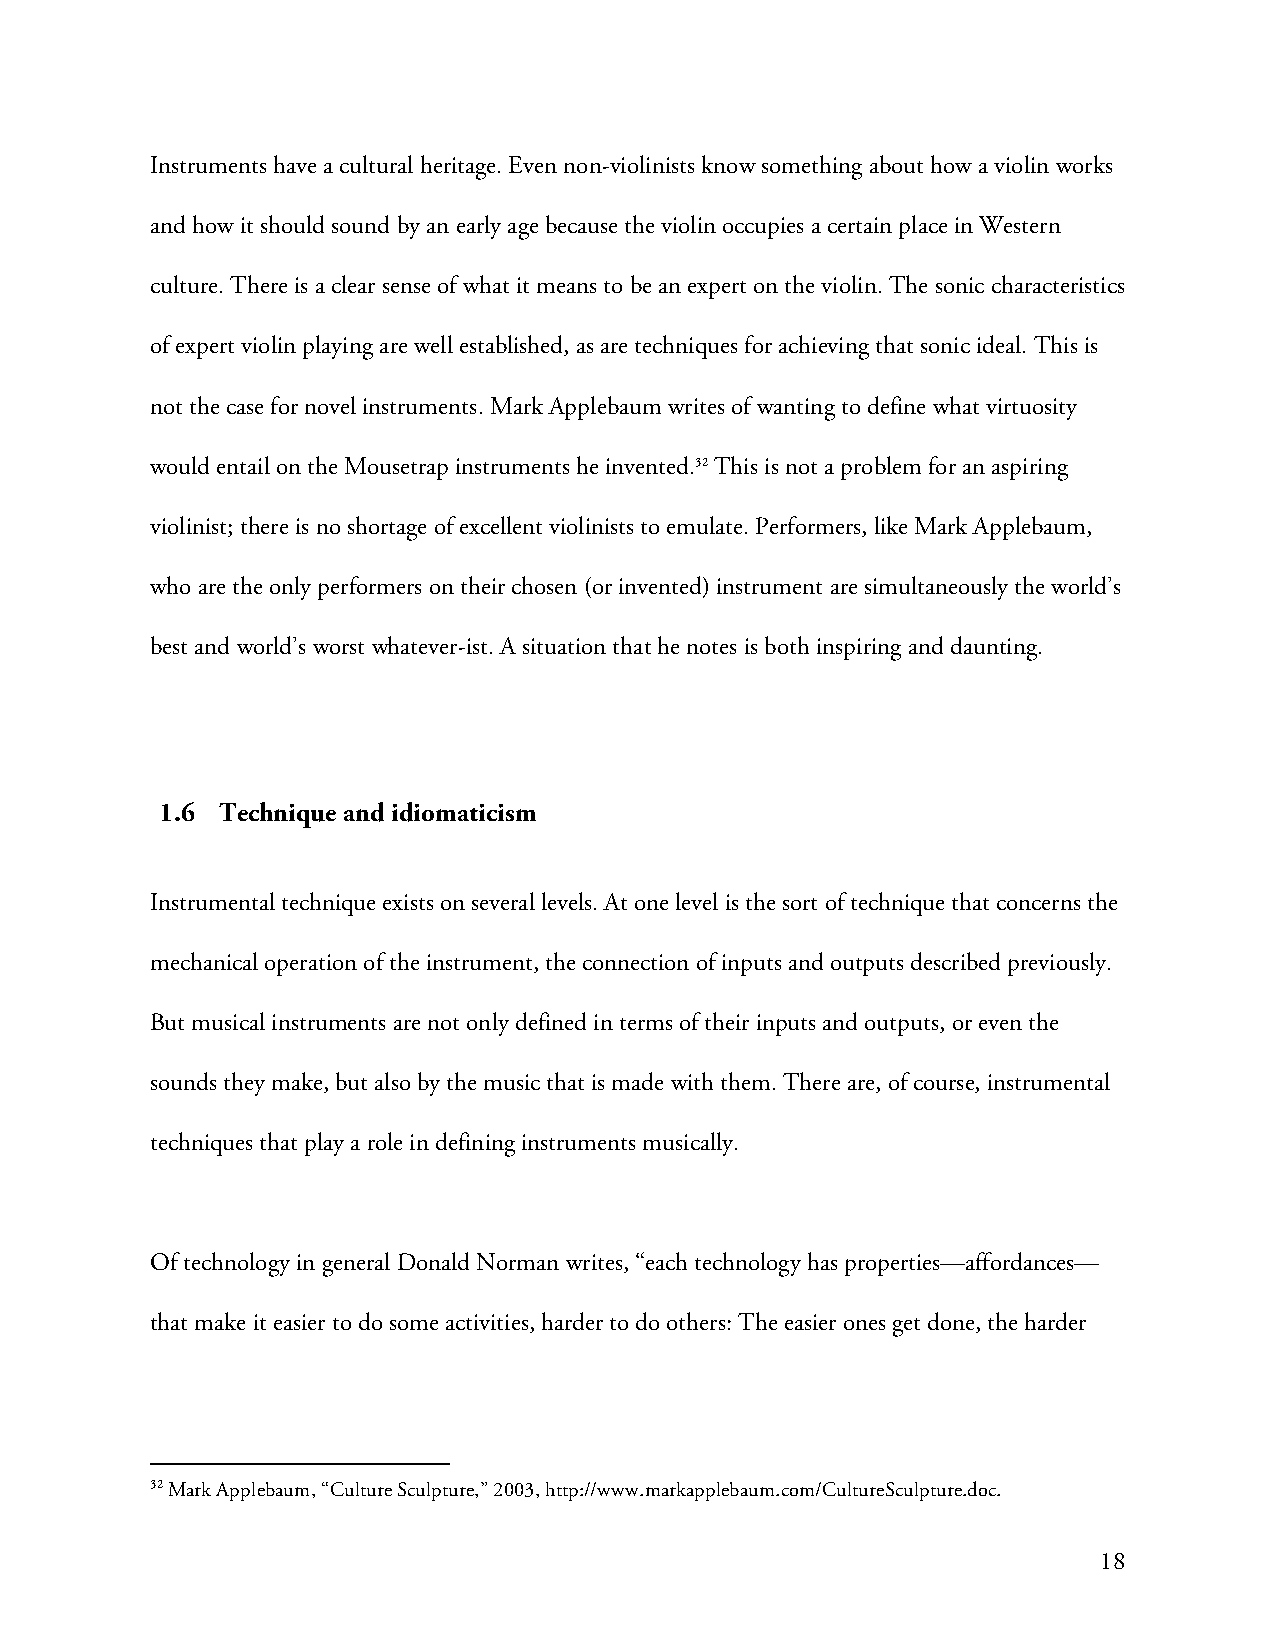
Instruments have a cultural heritage. Even non-violinists know something about how a violin works
 and how it should sound by an early age because the violin occupies a certain place in Western
 culture. There is a clear sense of what it means to be an expert on the violin. The sonic characteristics
 of expert violin playing are well established, as are techniques for achieving that sonic ideal. This is
 not the case for novel instruments. Mark Applebaum writes of wanting to define what virtuosity
 would entail on the Mousetrap instruments he invented.32 This is not a problem for an aspiring
 violinist; there is no shortage of excellent violinists to emulate. Performers, like Mark Applebaum,
 who are the only performers on their chosen (or invented) instrument are simultaneously the world’s
 best and world’s worst whatever-ist. A situation that he notes is both inspiring and daunting.
 1.6 Technique and idiomaticism
 Instrumental technique exists on several levels. At one level is the sort of technique that concerns the
 mechanical operation of the instrument, the connection of inputs and outputs described previously.
 But musical instruments are not only defined in terms of their inputs and outputs, or even the
 sounds they make, but also by the music that is made with them. There are, of course, instrumental
 techniques that play a role in defining instruments musically.
 Of technology in general Donald Norman writes, “each technology has properties—affordances—
 that make it easier to do some activities, harder to do others: The easier ones get done, the harder
 32 Mark Applebaum, “Culture Sculpture,” 2003, http://www.markapplebaum.com/CultureSculpture.doc.
 18